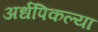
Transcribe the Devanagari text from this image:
अर्धपिकल्या